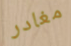
مغادر